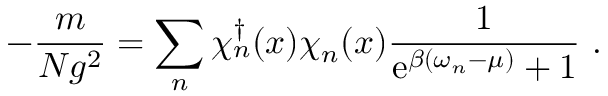
- \frac { m } { N g ^ { 2 } } = \sum _ { n } \chi _ { n } ^ { \dagger } ( x ) \chi _ { n } ( x ) \frac { 1 } { \mathrm { e } ^ { \beta ( \omega _ { n } - \mu ) } + 1 } \ .